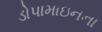
ડોપામાઇનના